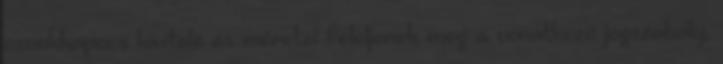
csonkkapocs kivitele és méretei feleljenek meg a vonatkozó jogszabály,